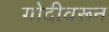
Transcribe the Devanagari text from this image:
गोदीवरून